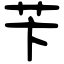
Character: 苄